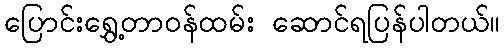
ပြောင်းရွှေ့တာဝန်ထမ်း ဆောင်ရပြန်ပါတယ်။